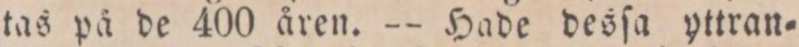
tas på de 400 åren. — Hade desſa yttran=